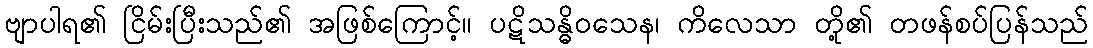
ဗျာပါရ၏ ငြိမ်းပြီးသည်၏ အဖြစ်ကြောင့်။ ပဋိသန္ဓိဝသေန၊ ကိလေသာ တို့၏ တဖန်စပ်ပြန်သည်